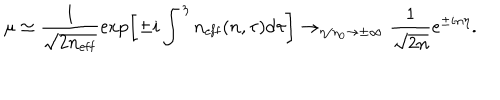
LaTeX: \mu \simeq \frac { 1 } { \sqrt { 2 n _ { \mathrm { e f f } } } } \exp \biggl [ \pm i \int ^ { \eta } n _ { \mathrm { e f f } } ( n , \tau ) \mathrm { d } \tau \biggr ] \rightarrow _ { \eta / \eta _ { 0 } \rightarrow \pm \infty } \frac { 1 } { \sqrt { 2 n } } e ^ { \pm i n \eta } .